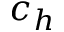
c _ { h }